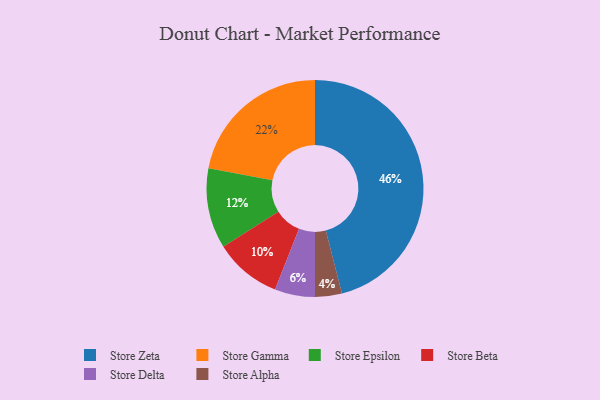
{"axis": {"x": "Category", "y": "Percentage"}, "legend": ["Store Alpha", "Store Beta", "Store Delta", "Store Epsilon", "Store Gamma", "Store Zeta"], "data": [{"x": "Store Beta", "y": 10, "type": "Store Beta"}, {"x": "Store Gamma", "y": 22, "type": "Store Gamma"}, {"x": "Store Delta", "y": 6, "type": "Store Delta"}, {"x": "Store Epsilon", "y": 12, "type": "Store Epsilon"}, {"x": "Store Alpha", "y": 4, "type": "Store Alpha"}, {"x": "Store Zeta", "y": 46, "type": "Store Zeta"}]}